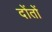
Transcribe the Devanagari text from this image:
दोंतों